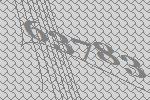
63783